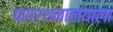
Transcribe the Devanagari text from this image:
प्रार्थनालयाला